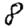
Digit: 8